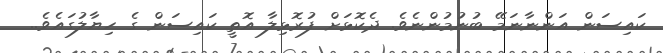
ކައިސަން އަންނާނަމޭ ބުނުމުންނެވެ. ދެކޮޅަށް ފުރޮޅިލާ އޮތީ ކައިސަން ގެ ހިޔާލުގައެވެ..